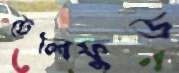
টেলিফুড